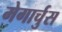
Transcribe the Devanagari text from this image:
मेगार्चुस